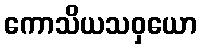
ကောသိယသဝှယော